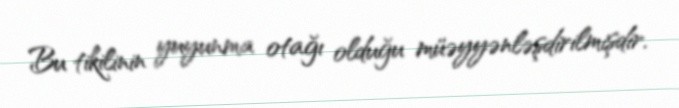
Bu tikilinin yuyunma otağı olduğu müəyyənləşdirilmişdir.